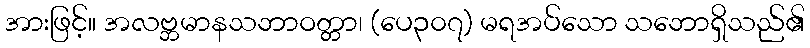
အားဖြင့်။ အလဗ္ဘမာနသဘာဝတ္တာ၊ (ပေ၃၀၇) မရအပ်သော သဘောရှိသည်၏